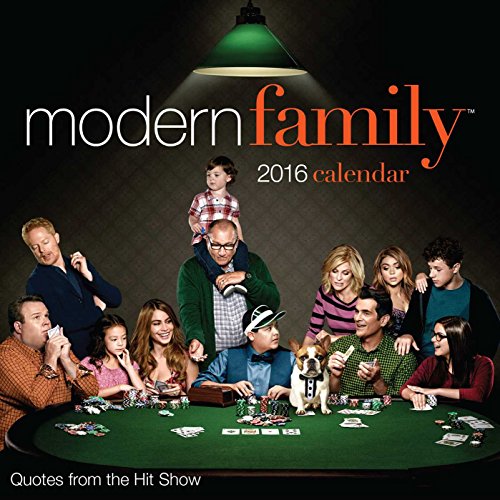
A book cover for Modern Family 2016 Day-to-Day Calendar; Twentieth Century Fox; Humor & Entertainment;